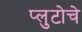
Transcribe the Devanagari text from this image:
प्लुटोचे